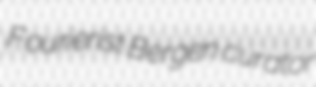
Fourierist Bergen curator